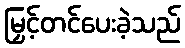
မြှင့်တင်ပေးခဲ့သည်